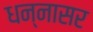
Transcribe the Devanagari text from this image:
धन्नासर